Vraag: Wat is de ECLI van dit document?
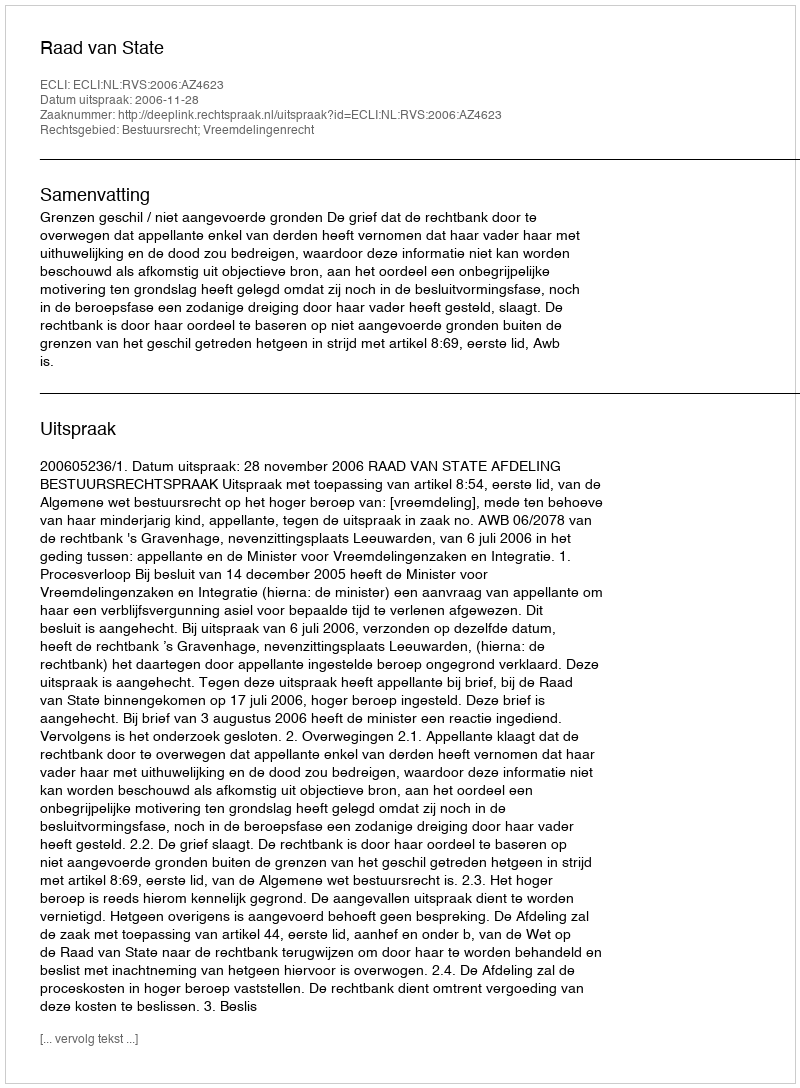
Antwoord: ECLI:NL:RVS:2006:AZ4623